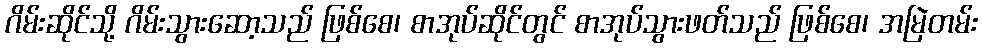
ဂိမ်းဆိုင်သို့ ဂိမ်းသွားဆော့သည် ဖြစ်စေ၊ စာအုပ်ဆိုင်တွင် စာအုပ်သွားဖတ်သည် ဖြစ်စေ၊ အမြဲတမ်း